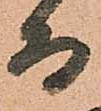
而